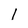
Character: I